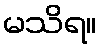
မသိရ။